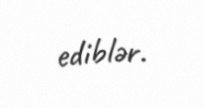
ediblər.